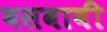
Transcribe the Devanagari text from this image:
बसवावी